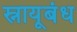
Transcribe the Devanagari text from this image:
स्नायूबंध